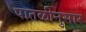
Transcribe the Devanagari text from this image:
पातळीनुसार